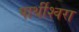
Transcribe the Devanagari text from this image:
पार्थीश्‍वरा